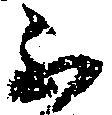
不